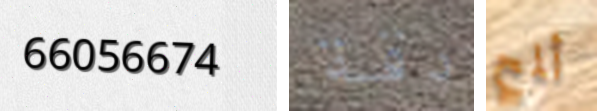
66056674 دقة ألمح